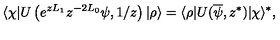
\langle \chi | U \left( e ^ { z L _ { 1 } } z ^ { - 2 L _ { 0 } } \psi , 1 / z \right) | \rho \rangle = \langle \rho | U ( \overline { \psi } , z ^ { \ast } ) | \chi \rangle ^ { \ast } ,